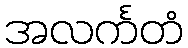
အလင်္ကတံ